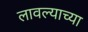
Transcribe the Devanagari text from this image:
लावल्याच्या